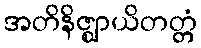
အတိနိဇ္ဈာယိတတ္တံ